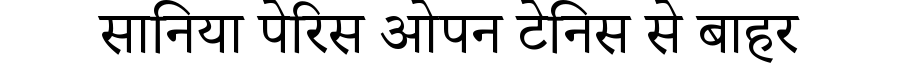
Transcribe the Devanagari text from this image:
सानिया पेरिस ओपन टेनिस से बाहर